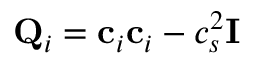
\mathbf { Q } _ { i } = \mathbf { c } _ { i } \mathbf { c } _ { i } - c _ { s } ^ { 2 } \mathbf { I }